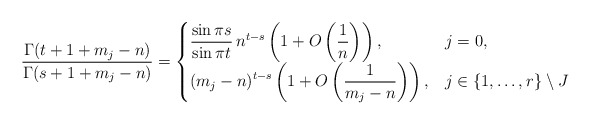
\begin{align*} \frac{\Gamma(t+1 + m_j-n)}{\Gamma(s+1+m_j-n)} = \begin{cases} \displaystyle \frac{\sin \pi s}{\sin \pi t} \, n^{t-s} \left(1 + O\left(\frac{1}{n}\right)\right), & j = 0, \\ \displaystyle(m_j-n)^{t-s} \left(1 + O\left(\frac{1}{m_j-n}\right)\right), & j \in \{1, \ldots, r \} \setminus J\end{cases} \end{align*}